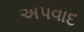
અપવાદ